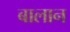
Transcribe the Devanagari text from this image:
बालान